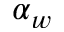
\alpha _ { w }